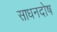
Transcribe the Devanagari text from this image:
साधनदोष